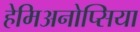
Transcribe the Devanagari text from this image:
हेमिअनोप्सिया